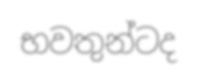
භවතුන්ටද